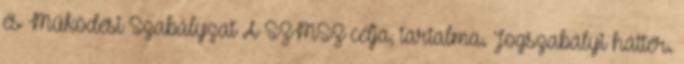
és Működési Szabályzat A SZMSZ célja, tartalma. Jogszabályi háttér.